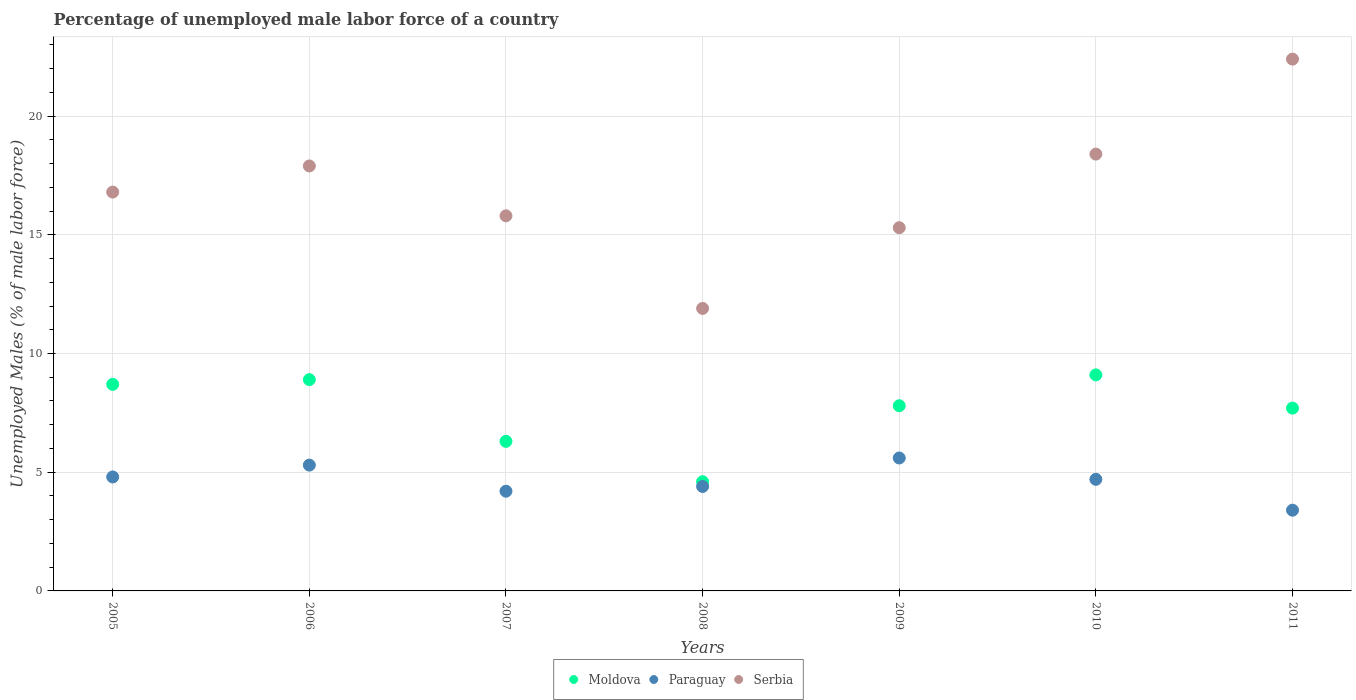
| Years | Moldova | Paraguay | Serbia |
 | --- | --- | --- | --- |
 | 2005 | 8.7 | 4.8 | 16.8 |
 | 2006 | 8.9 | 5.3 | 17.9 |
 | 2007 | 6.3 | 4.2 | 15.8 |
 | 2008 | 4.6 | 4.4 | 11.9 |
 | 2009 | 7.8 | 5.6 | 15.3 |
 | 2010 | 9.1 | 4.7 | 18.4 |
 | 2011 | 7.7 | 3.4 | 22.4 |